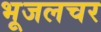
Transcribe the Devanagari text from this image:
भूजलचर